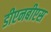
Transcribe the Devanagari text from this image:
डीएनबीएस